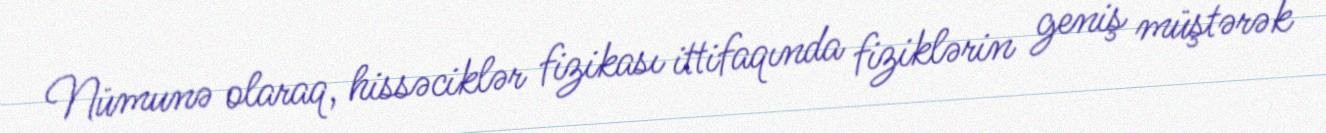
Nümunə olaraq, hissəciklər fizikası ittifaqında fiziklərin geniş müştərək